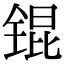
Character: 锟